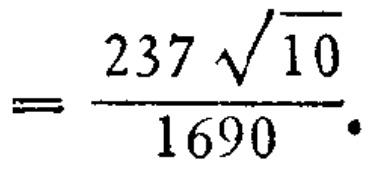
$=\frac{237\sqrt{10}}{1690}.$